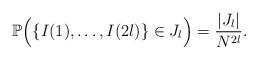
LaTeX: \begin{align*}\mathbb{P}\Big( \{I(1), \dots, I(2l)\} \in J_{l}\Big) = \frac{|J_{l}|}{N^{2l}}.\end{align*}